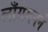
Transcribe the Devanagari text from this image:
लाँगमनने